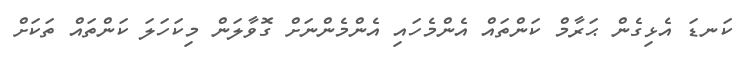
ކަނޑަ އެޅިގެން ޙަރާމް ކަންތައް އެންމެހައި އެންމެންނަށް ގޮވާލަން މިކަހަލަ ކަންތައް ތަކަށް